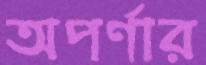
অপর্ণার